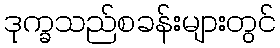
ဒုက္ခသည်စခန်းများတွင်